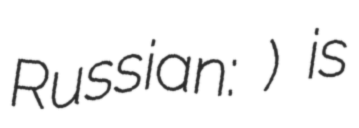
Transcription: Russian: Безлюдовка) is